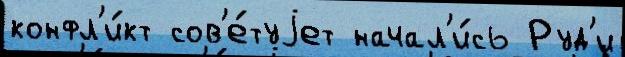
конфл'и́кт сов'е́туjет начал'и́сь Руд'и